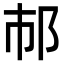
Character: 𨙶